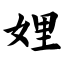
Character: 娌